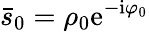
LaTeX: \bar{s}_{0}=\rho_{0}\mathrm{e}^{-\mathrm{i}\varphi_{0}}